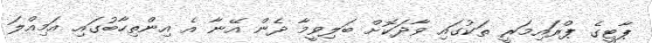
ޕާޓީގެ ޕްރައިމަރީ ތަކުގައި ވާދަކޮށް ބަލިވީމާ ދެން އޭނާ އެ އިންތިހާބުގައި އަމިއްލަ